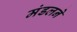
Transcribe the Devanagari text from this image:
मंडलने